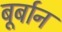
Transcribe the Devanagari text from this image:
बूर्बान